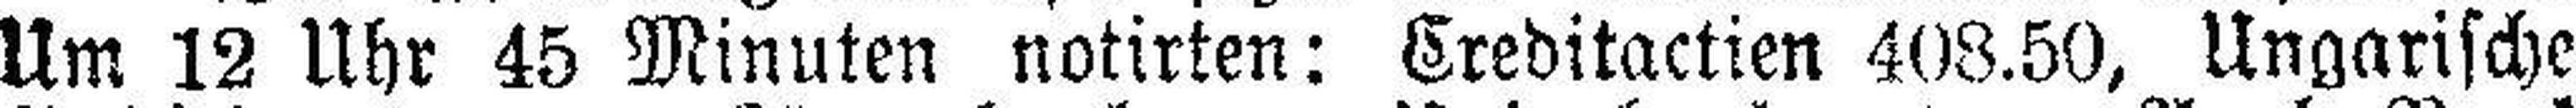
Um 12 Uhr 45 Minuten notirten: Creditactien 408.50, Ungarische